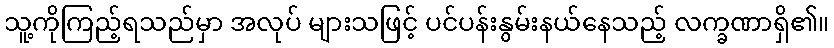
သူ့ကိုကြည့်ရသည်မှာ အလုပ် များသဖြင့် ပင်ပန်းနွမ်းနယ်နေသည့် လက္ခဏာရှိ၏။